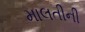
માલતીની